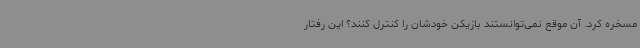
مسخره کرد. آن موقع نمی‌توانستند بازیکن خودشان را کنترل کنند؟ این رفتار